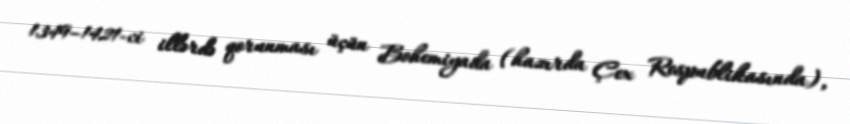
1349–1421-ci illərdə qorunması üçün Bohemiyada (hazırda Çex Respublikasında),